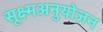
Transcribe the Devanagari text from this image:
सूक्ष्मअनुयोजन